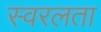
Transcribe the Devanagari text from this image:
स्वरलता